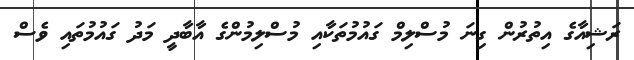
ރަޝިއާގެ އިތުރުން ގިނަ މުސްލިމް ގައުމުތަކާއި މުސްލިމުންގެ އާބާދީ މަދު ގައުމުތައި ވެސް